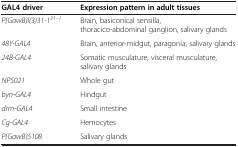
<table><thead><tr><td><b>GAL4 driver</b></td><td><b>Expression pattern in adult tissues</b></td></tr></thead><tbody><tr><td><i>P{GawB}l(3)31-1</i><sup><i>31–1</i></sup></td><td>Brain, basiconical sensilla, thoracico-abdominal ganglion, salivary glands</td></tr><tr><td><i>48Y-GAL4</i></td><td>Brain, anterior-midgut, paragonia, salivary glands</td></tr><tr><td><i>24B-GAL4</i></td><td>Somatic musculature, visceral musculature, salivary glands</td></tr><tr><td><i>NP5021</i></td><td>Whole gut</td></tr><tr><td><i>byn-GAL4</i></td><td>Hindgut</td></tr><tr><td><i>drm-GAL4</i></td><td>Small intestine</td></tr><tr><td><i>Cg-GAL4</i></td><td>Hemocytes</td></tr><tr><td><i>P{GawB}5108</i></td><td>Salivary glands</td></tr></tbody></table>